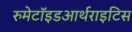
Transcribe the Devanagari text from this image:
रुमेटॉइडआर्थराइटिस